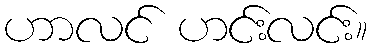
ဟာလင် ဟင်းလင်း။